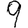
Digit: 9